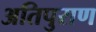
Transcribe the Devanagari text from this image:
अतिपुराण